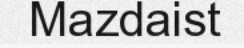
Mazdaist